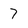
Character: 7